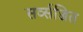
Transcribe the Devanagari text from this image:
सर्व्सज्जित